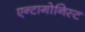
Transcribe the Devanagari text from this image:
एन्टागोनिस्ट